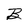
Character: B